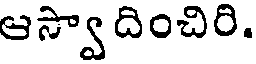
ఆస్వాదించిరి.